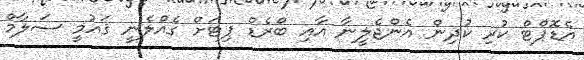
އެޑޮޕްޓް ކުރި ކުދިން އެންޖެލީނާ އާއި ބްރެޑް ޕިޓަށް ގެއްލެނީ ޤައުމީ ސަލާމް